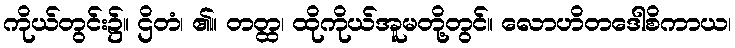
ကိုယ်တွင်း၌။ ဌိတံ၊ ၏။ တတ္ထ၊ ထိုကိုယ်အူမတို့တွင်။ လောဟိတဒေါစိကာယ၊